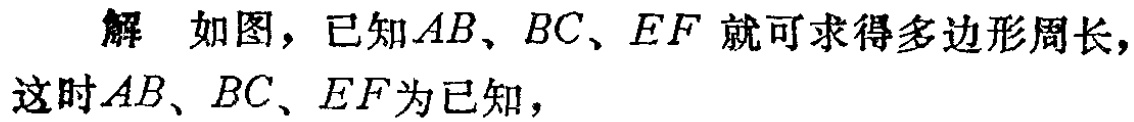
解 如图，已知\(AB、BC、EF\)就可求得多边形周长，这时\(AB、BC、EF\)为已知，